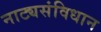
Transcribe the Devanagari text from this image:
नाट्यसंविधान